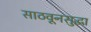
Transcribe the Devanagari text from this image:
साठवूनसुद्धा